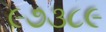
૯૭૩૮૯